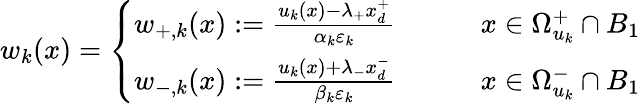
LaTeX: w_{k}(x)=\left\{ \begin{array}{ll}{w_{+,k}(x):=\frac{u_{k}(x)-\lambda_{+}x_{d}^{+}}{\alpha_{k}\varepsilon_{k}}\qquad}&{x\in\Omega_{u_{k}}^{+}\cap B_{1}}\\ {w_{-,k}(x):=\frac{u_{k}(x)+\lambda_{-}x_{d}^{-}}{\beta_{k}\varepsilon_{k}}\qquad}&{x\in\Omega_{u_{k}}^{-}\cap B_{1}}\end{array}\right.